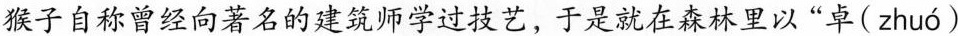
猴子自称曾经向著名的建筑师学过技艺，于是就在森林里以“卓( zhuó )